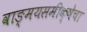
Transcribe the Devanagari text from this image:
वाङ्‌मयसमीक्षेचा